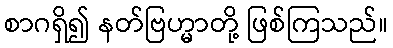
စာဂရှိ၍ နတ်ဗြဟ္မာတို့ ဖြစ်ကြသည်။